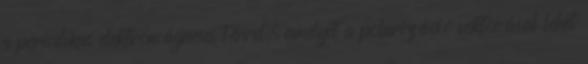
a periodikus elektromágneses térrel, amelyet a polarizáció vektorával lehet